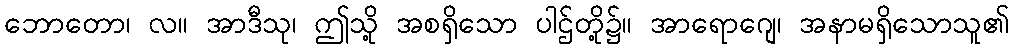
ဘောတော၊ လ။ အာဒီသု၊ ဤသို့ အစရှိသော ပါဌ်တို့၌။ အာရောဂျေ၊ အနာမရှိသောသူ၏